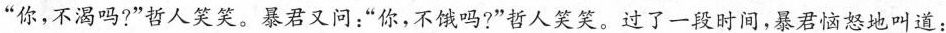
”你，不渴吗?”哲人笑笑。暴君又问：”你，不饿吗?”哲人笑笑。过了一段时间，暴君恼怒地叫道：